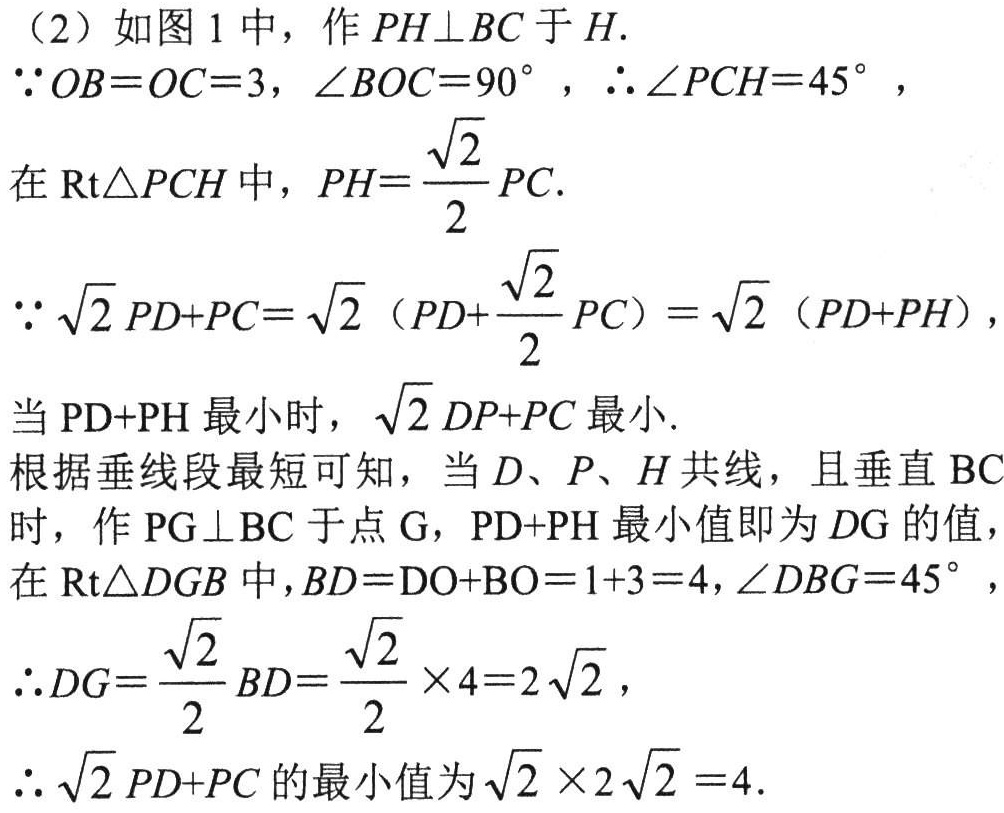
（2）如图 1 中，作 \(PH\perp BC\) 于 \(H\).
\(\because OB = OC = 3\)，\(\angle BOC = 90^{\circ}\) ，\(\therefore\angle PCH = 45^{\circ}\) ，
在 \(\text{Rt}\triangle PCH\) 中，\(PH=\frac{\sqrt{2}}{2}PC\).
\(\because\sqrt{2}PD + PC=\sqrt{2}(PD+\frac{\sqrt{2}}{2}PC)=\sqrt{2}(PD + PH)\)，
当 \(\text{PD+PH}\) 最小时，\(\sqrt{2}DP + PC\) 最小.
根据垂线段最短可知，当 \(D\)、\(P\)、\(H\) 共线，且垂直 \(\text{BC}\) 时，作 \(PG\perp BC\) 于点 \(G\)，\(\text{PD+PH}\) 最小值即为 \(DG\) 的值，
在 \(\text{Rt}\triangle DGB\) 中，\(BD = DO + BO = 1 + 3 = 4\)，\(\angle DBG = 45^{\circ}\) ，
\(\therefore DG=\frac{\sqrt{2}}{2}BD=\frac{\sqrt{2}}{2}\times4 = 2\sqrt{2}\)，
\(\therefore\sqrt{2}PD + PC\) 的最小值为 \(\sqrt{2}\times2\sqrt{2}=4\).